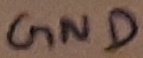
Text: GND